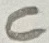
Text: C